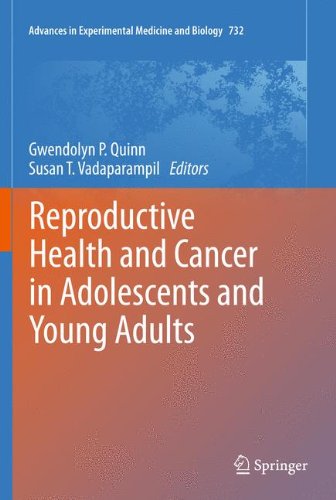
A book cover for Reproductive Health and Cancer in Adolescents and Young Adults (Advances in Experimental Medicine and Biology, Vol. 732); Health, Fitness & Dieting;